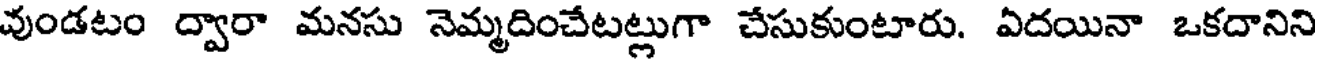
వుండటం ద్వారా మనసు నెమ్మదించేటట్లుగా చేసుకుంటారు. ఏదయినా ఒకదానిని